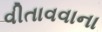
વીતાવવાના